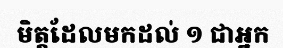
មិត្តដែលមកដល់ ១ ជាអ្នក